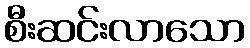
စီးဆင်းလာသော